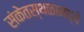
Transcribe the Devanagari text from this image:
संकेतस्थळामध्ये